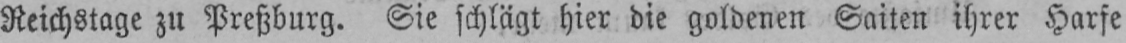
Reichstage zu Preßburg. Sie schlägt hier die goldenen Saiten ihrer Harfe